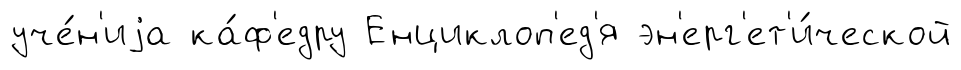
уче́н'иjа ка́ф'едру Енциклоп'ед'я эн'ерг'ет'и́ческой